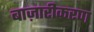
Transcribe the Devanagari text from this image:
बाज़ारीकरण